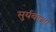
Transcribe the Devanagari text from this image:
सुर्यबाला